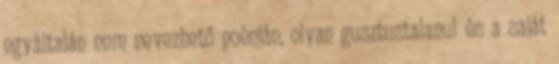
egyáltalán nem nevezhető poénján, olyan gusztustalanul és a saját